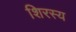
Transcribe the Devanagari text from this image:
शिरस्य